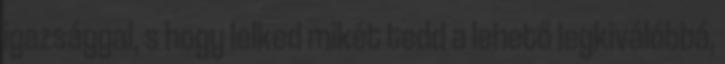
igazsággal, s hogy lelked mikét tedd a lehető legkiválóbbá,